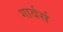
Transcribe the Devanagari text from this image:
गार्बर्स